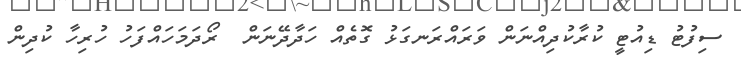
ސިފުޓު ޑިއުޓީ ކުރާކުދިއްނަން ވަރައްރަނގަޅު ގޮތެއް ހަދާދޭނަން  ރޯދަމަހައްފަހު ހުރިހާ ކުދިން